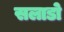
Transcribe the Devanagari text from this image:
सलाडो